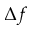
\Delta f